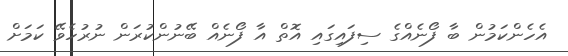
އެހެންކަމުން ބާ ފޯނެއްގެ ސިފައިގައި އޮތް އާ ފޯނެއް ބޭނުންކުރަން ނުރުހެވޭ ކަމަށް